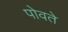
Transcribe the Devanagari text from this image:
पोवते